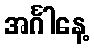
အင်္ဂါနေ့